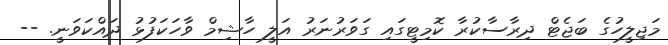
މަޖިލީހުގެ ބަޖެޓް ދިރާސާކުރާ ކޮމިޓީގައި ގަވަރުނަރު އަލީ ހާޝިމް ވާހަކަފުޅު ދައްކަވަނީ. --